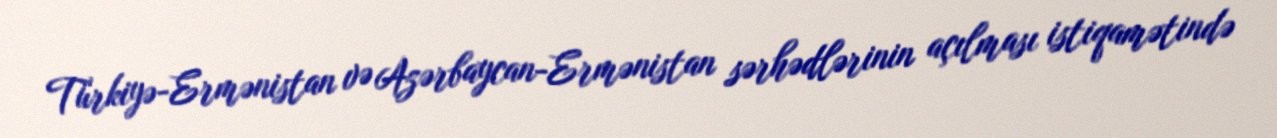
Türkiyə-Ermənistan və Azərbaycan-Ermənistan sərhədlərinin açılması istiqamətində